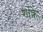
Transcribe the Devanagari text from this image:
शक्रि